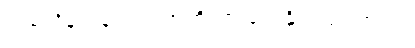
တစ်သိန်းဝန်းကျင်အထိသာ ပေးနိုင်ကြပါတယ်။